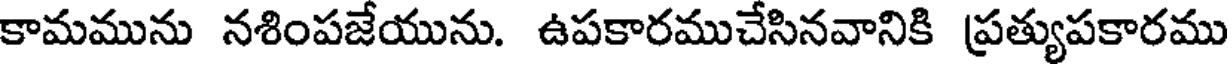
కామమును నశింపజేయును. ఉపకారముచేసినవానికి ప్రత్యుపకారము